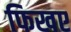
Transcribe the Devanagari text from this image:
फिखए